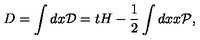
D = \int d x { \cal D } = t H - { \frac { 1 } { 2 } } \int d x x \cal { P } ,